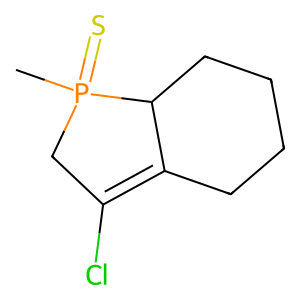
SMILES: CP1(=S)CC(Cl)=C2CCCCC21
Inhibits HIV replication: No